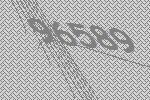
96589